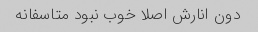
دون انارش اصلا خوب نبود متاسفانه